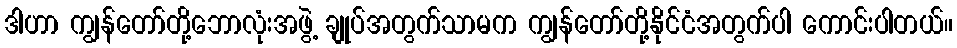
ဒါဟာ ကျွန်တော်တို့ဘောလုံးအဖွဲ့ ချုပ်အတွက်သာမက ကျွန်တော်တို့နိုင်ငံအတွက်ပါ ကောင်းပါတယ်။